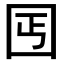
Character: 𡆸